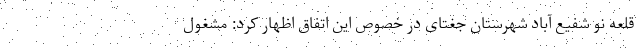
قلعه نو شفیع آباد شهرستان جغتای در خصوص این اتفاق اظهار کرد: مشغول